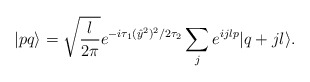
\begin{align*}|p q \rangle =\sqrt{\frac{l}{2\pi}}e^{-i\tau_1(\hat{y}^2)^2/{2\tau_2}} \sum_j e^{ijlp}|q + jl\rangle.\end{align*}